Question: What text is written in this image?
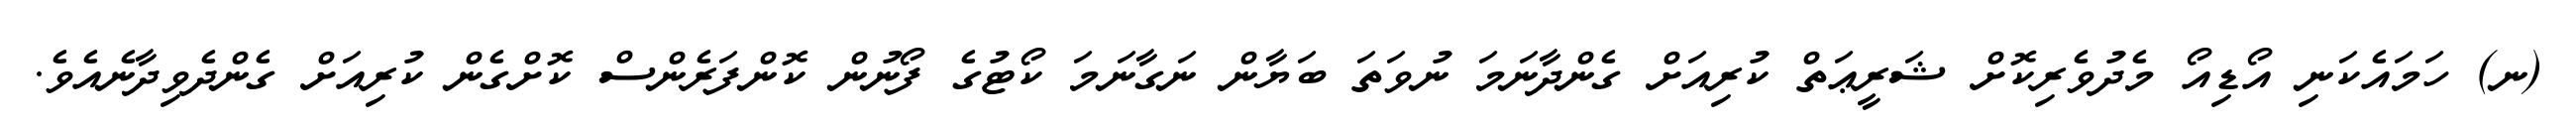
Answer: (ނ) ހަމައެކަނި އޯޑިއޯ މެދުވެރިކޮށް ޝަރީޢަތް ކުރިއަށް ގެންދާނަމަ ނުވަތަ ބަޔާން ނަގާނަމަ ކޯޓުގެ ފޯނުން ކޮންފަރެންސް ކޮށްގެން ކުރިއަށް ގެންދެވިދާނެއެވެ.